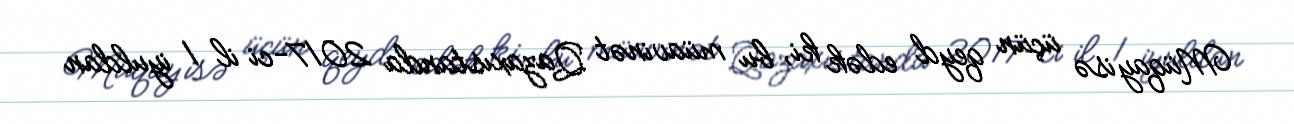
Müqayisə üçün qeyd edək ki, bu müavinət Qazaxıstanda 2017-ci il 1 iyuldan